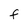
Character: F